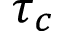
\tau _ { c }